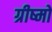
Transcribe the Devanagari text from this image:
ग्रीष्मो